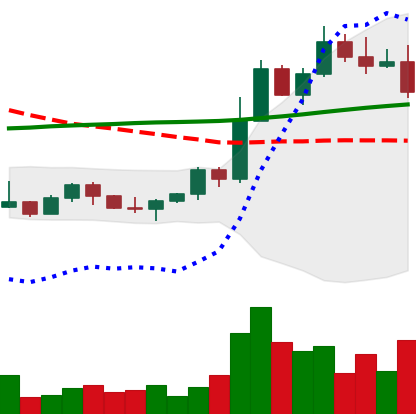
Ticker: ETH-USD
Chart end date: 2022-11-02
Forward return: 3.216%
Label: up_3_5